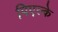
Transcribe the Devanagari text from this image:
पिएल्के